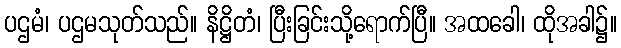
ပဌမံ၊ ပဌမသုတ်သည်။ နိဋ္ဌိတံ၊ ပြီးခြင်းသို့ရောက်ပြီ။ အထခေါ၊ ထိုအခါ၌။